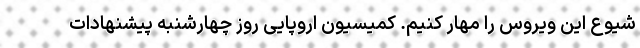
شیوع این ویروس را مهار کنیم. کمیسیون اروپایی روز چهارشنبه پیشنهادات